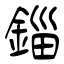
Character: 錙